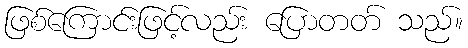
ဖြစ်ကြောင်းဖြင့်လည်း ပြောတတ် သည်။